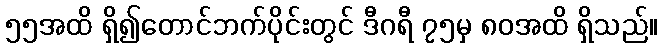
၅၅အထိ ရှိ၍တောင်ဘက်ပိုင်းတွင် ဒီဂရီ ၇၅မှ ၈၀အထိ ရှိသည်။